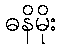
ဓနိမိုး